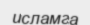
исламга